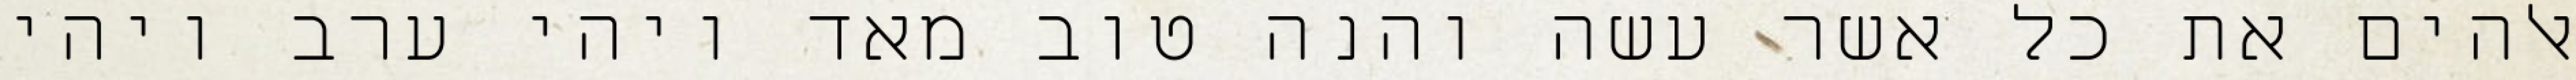
אלהים את כל אשר עשה והנה טוב מאד ויהי ערב ויהי